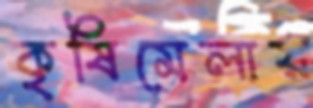
কৃষিমেলায়